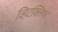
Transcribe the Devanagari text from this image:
व्हिटक्लिफ